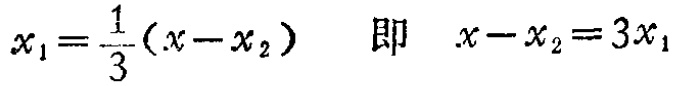
\(x_{1}=\frac{1}{3}(x - x_{2})\quad 即\quad x - x_{2}=3x_{1}\)